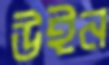
উইন